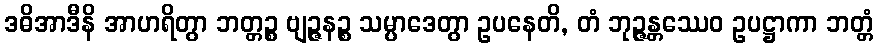
ဒဓိအာဒီနိ အာဟရိတွာ ဘတ္တဉ္စ ဗျဉ္ဇနဉ္စ သမ္ပာဒေတွာ ဥပနေတိ, တံ ဘုဉ္ဇန္တဿေဝ ဥပဋ္ဌာကာ ဘတ္တံ